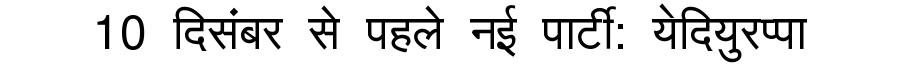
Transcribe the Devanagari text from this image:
10 दिसंबर से पहले नई पार्टी: येदियुरप्पा